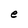
Character: e